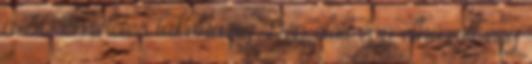
a 30 emeletes lakóházig. Gép előtt épp elhúzott egy